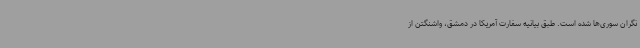
نگران سوری‌ها شده است. طبق بیانیه سفارت آمریکا در دمشق، واشنگتن از